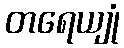
တရေယျုံ